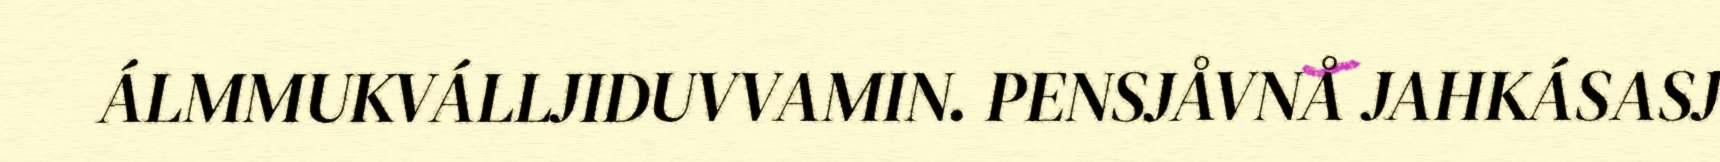
ÁLMMUKVÁLLJIDUVVAMIN. PENSJÅVNÅ JAHKÁSASJ